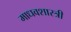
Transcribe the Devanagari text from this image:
माधवशास्त्री